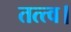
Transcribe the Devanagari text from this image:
तत्त्व।